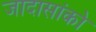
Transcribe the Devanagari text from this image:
जादासांको